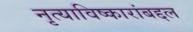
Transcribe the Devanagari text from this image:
नृत्याविष्कारांबद्दल